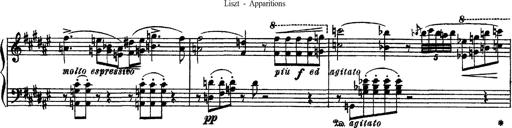
Title: Apparitions
Composer: Franz Liszt